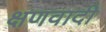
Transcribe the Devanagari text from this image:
क्षणवादी